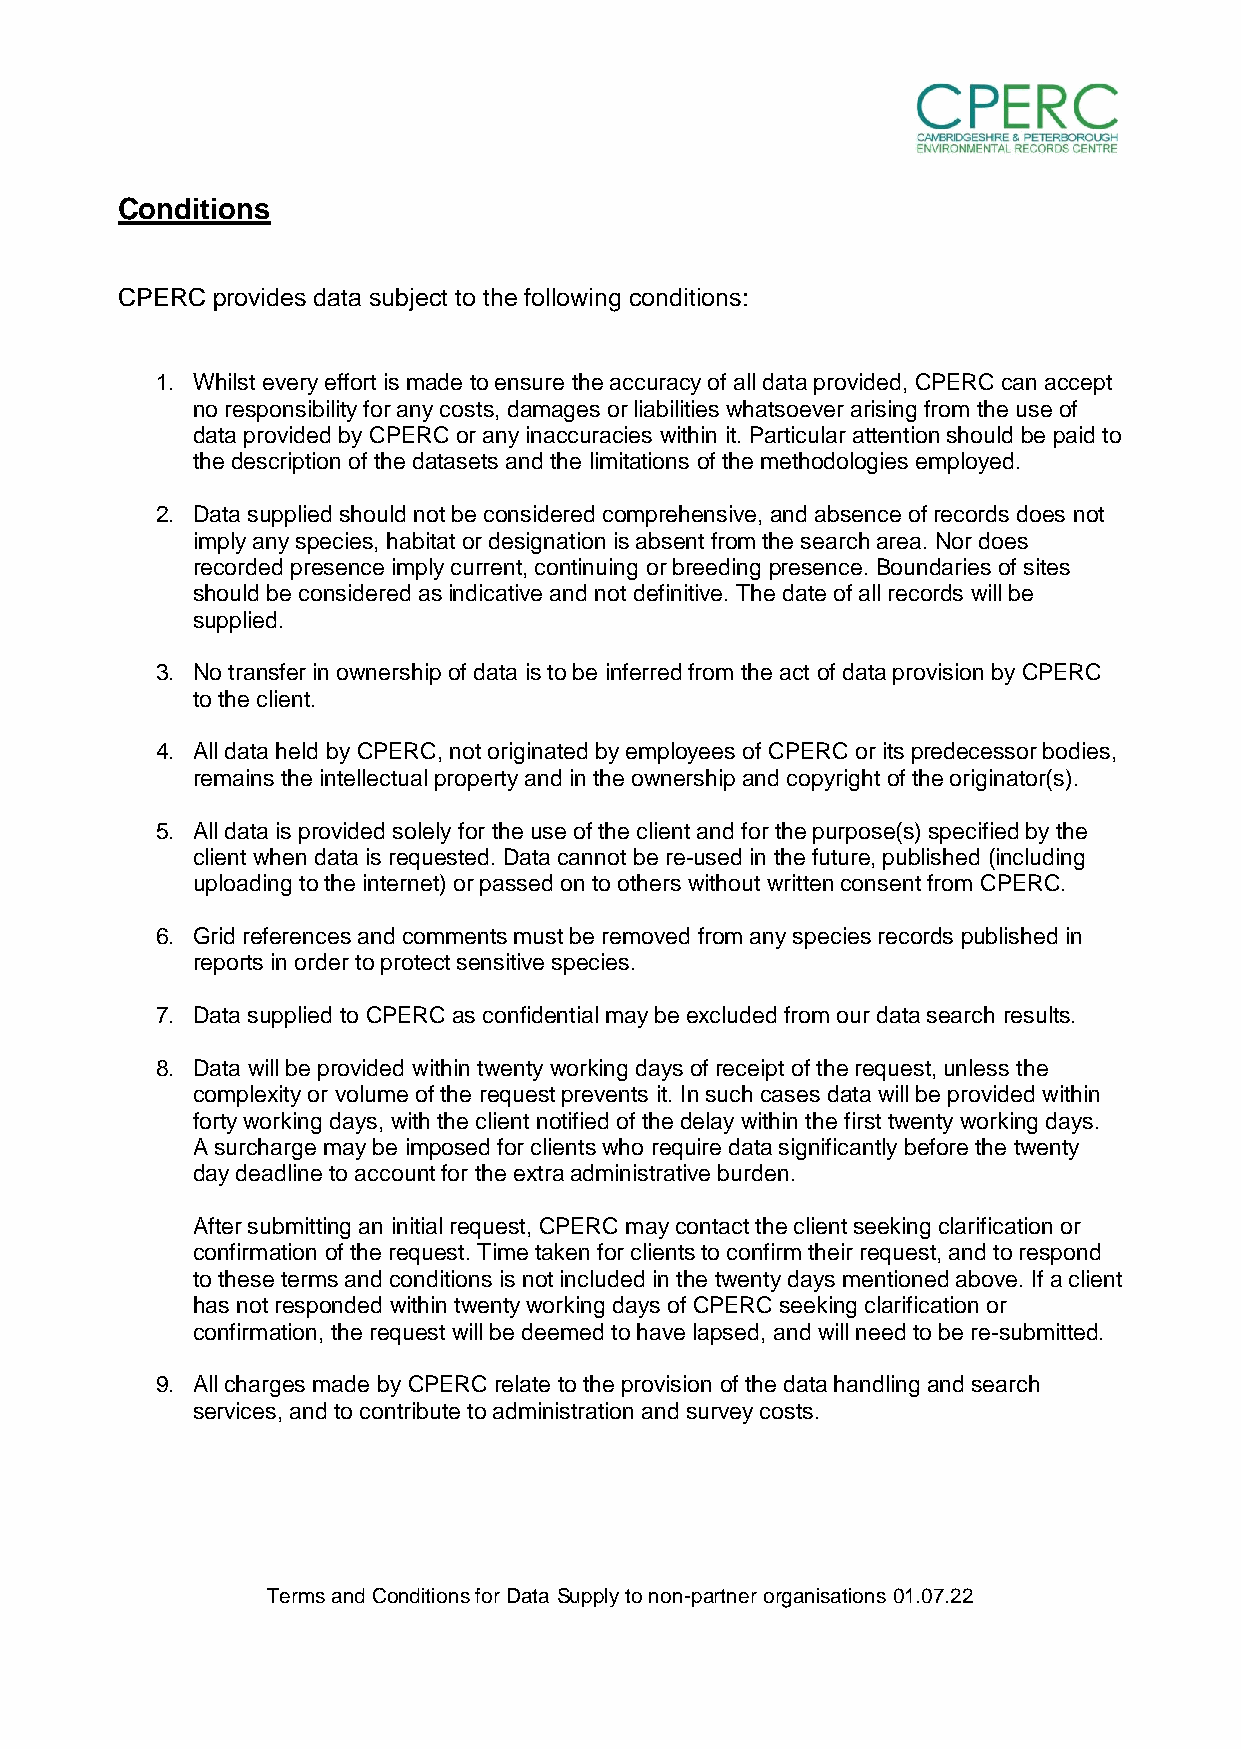
Conditions
 CPERC provides data subject to the following conditions:
 1. Whilst every effort is made to ensure the accuracy of all data provided, CPERC can accept
 no responsibility for any costs, damages or liabilities whatsoever arising from the use of
 data provided by CPERC or any inaccuracies within it. Particular attention should be paid to
 the description of the datasets and the limitations of the methodologies employed.
 2. Data supplied should not be considered comprehensive, and absence of records does not
 imply any species, habitat or designation is absent from the search area. Nor does
 recorded presence imply current, continuing or breeding presence. Boundaries of sites
 should be considered as indicative and not definitive. The date of all records will be
 supplied.
 3. No transfer in ownership of data is to be inferred from the act of data provision by CPERC
 to the client.
 4. All data held by CPERC, not originated by employees of CPERC or its predecessor bodies,
 remains the intellectual property and in the ownership and copyright of the originator(s).
 5. All data is provided solely for the use of the client and for the purpose(s) specified by the
 client when data is requested. Data cannot be re-used in the future, published (including
 uploading to the internet) or passed on to others without written consent from CPERC.
 6. Grid references and comments must be removed from any species records published in
 reports in order to protect sensitive species.
 7. Data supplied to CPERC as confidential may be excluded from our data search results.
 8. Data will be provided within twenty working days of receipt of the request, unless the
 complexity or volume of the request prevents it. In such cases data will be provided within
 forty working days, with the client notified of the delay within the first twenty working days.
 A surcharge may be imposed for clients who require data significantly before the twenty
 day deadline to account for the extra administrative burden.
 After submitting an initial request, CPERC may contact the client seeking clarification or
 confirmation of the request. Time taken for clients to confirm their request, and to respond
 to these terms and conditions is not included in the twenty days mentioned above. If a client
 has not responded within twenty working days of CPERC seeking clarification or
 confirmation, the request will be deemed to have lapsed, and will need to be re-submitted.
 9. All charges made by CPERC relate to the provision of the data handling and search
 services, and to contribute to administration and survey costs.
 Terms and Conditions for Data Supply to non-partner organisations 01.07.22